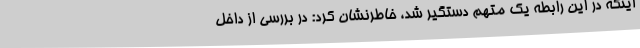
اینکه در این رابطه یک متهم دستگیر شد، خاطرنشان کرد: در بررسی از داخل